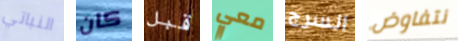
النباتي كان قبل معي السرج نتفاوض